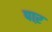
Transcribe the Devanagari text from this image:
पाऱ